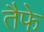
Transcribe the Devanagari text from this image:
तैफे